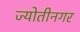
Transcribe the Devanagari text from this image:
ज्योतीनगर